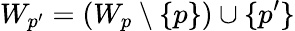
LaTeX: W_{p^{\prime}}=(W_{p}\setminus\{ p\} )\cup\{ p^{\prime}\}